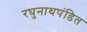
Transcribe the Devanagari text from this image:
रघुनाथपंडित